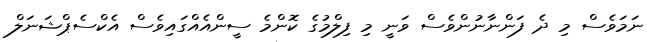
ނަމަވެސް މި ދެ ފަންނާނުންވެސް ވަނީ މި ފިލްމުގެ ކޮންމެ ސީންއެއްގައިވެސް އެކްސެޕްޝަނަލް